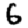
Digit: 6